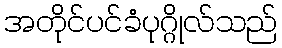
အတိုင်ပင်ခံပုဂ္ဂိုလ်သည်